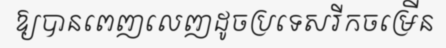
ឱ្យបានពេញលេញដូចប្រទេសរីកចម្រើន